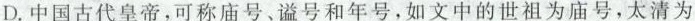
D.中国古代皇帝，可称庙号、谥号和年号，如文中的世祖为庙号，太清为